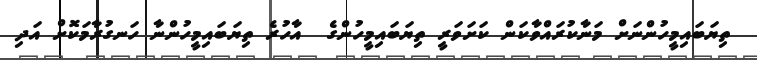
ތިޔަބައިމީހުންނަށް މަނާކުރައްވާކަން ކަށަވަރީ ތިޔަބައިމީހުންގެ  އާހުރެ ތިޔަބައިމީހުންނާ ހަނގުރާމަކޮށް އަދި